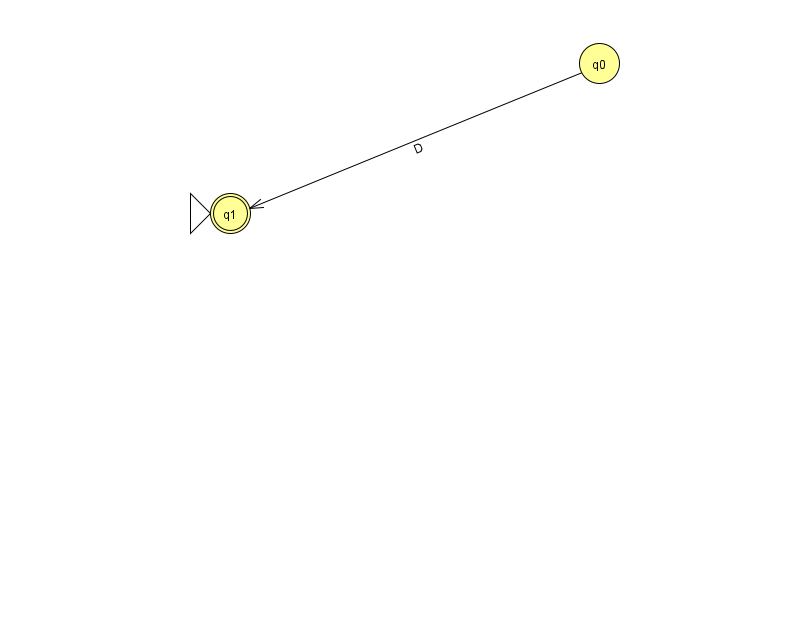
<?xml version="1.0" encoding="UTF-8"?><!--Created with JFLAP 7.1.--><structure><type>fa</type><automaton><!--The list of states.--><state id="0" name="q0"><x>599.0</x><y>50.0</y></state><state id="1" name="q1"><x>230.0</x><y>200.0</y><initial/><final/></state><!--The list of transitions.--><transition><from>0</from><to>1</to><read>D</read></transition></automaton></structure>